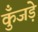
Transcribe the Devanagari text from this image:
कुँजड़े